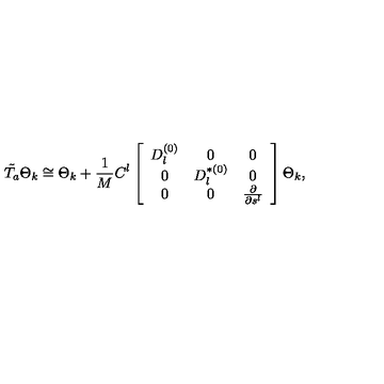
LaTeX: \tilde { T _ { a } } \Theta _ { k } \cong \Theta _ { k } + \frac { 1 } { M } C ^ { l } \left[ \begin{array} { c c c } { D _ { l } ^ { ( 0 ) } } & { 0 } & { 0 } \\ { 0 } & { D _ { l } ^ { \ast ( 0 ) } } & { 0 } \\ { 0 } & { 0 } & { \frac { \partial } { \partial s ^ { l } } } \\ \end{array} \right] \Theta _ { k } ,